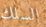
السلك